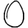
Digit: 0